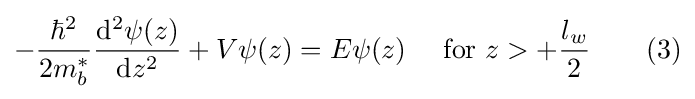
-{\frac {\hbar ^{2}}{2m_{b}^{*}}}{\frac {\mathrm {d} ^{2}\psi (z)}{\mathrm {d} z^{2}}}+V\psi (z)=E\psi (z)\quad {\text{ for }}z>+{\frac {l_{w}}{2}}\quad \quad (3)